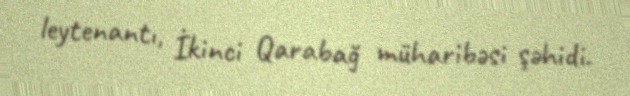
leytenantı, İkinci Qarabağ müharibəsi şəhidi.